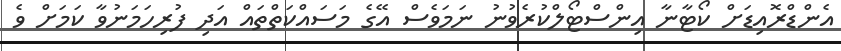
އެންޑްރޮއިޑަށް ކޯޓާނާ އިންސްޓޯލްކުރެވުނު ނަމަވެސް އޭގެ މަސައްކަތްތައް އަދި ފުރިހަމަނުވާ ކަމަށް ވެ